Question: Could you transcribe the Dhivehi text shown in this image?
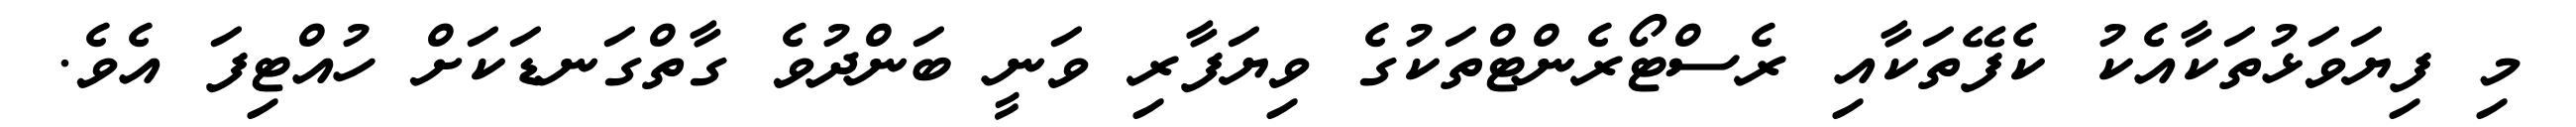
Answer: މި ފިޔަވަޅުތަކާއެކު ކެފޭތަކާއި ރެސްޓޯރެންޓްތަކުގެ ވިޔަފާރި ވަނީ ބަންދުވެ ގާތްގަނޑަކަށް ހުއްޓިފަ އެވެ.